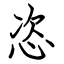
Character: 恣